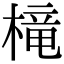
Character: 槞